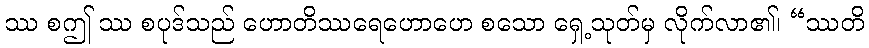
ဿ စဤ ဿ စပုဒ်သည် ဟောတိဿရေဟောဟေ စသော ရှေ့သုတ်မှ လိုက်လာ၏၊ “ဿတိ